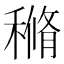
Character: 𥠿